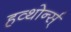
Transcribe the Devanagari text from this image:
हव्थोर्न्स्